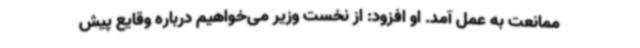
ممانعت به عمل آمد. او افزود: از نخست وزیر می‌خواهیم درباره وقایع پیش